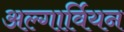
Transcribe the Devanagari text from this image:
अल्गार्वियन